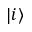
| i \rangle